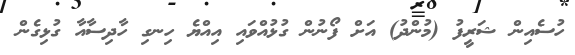
ހުސެއިން ޝަރީފު (މުންދު) އަށް ފޯނުން ގުޅުއްވައި އިއްޔެ ހިނގި ހާދިސާއާ ގުޅިގެން